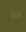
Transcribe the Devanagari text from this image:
सिंदखेड़